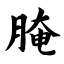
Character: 腌